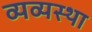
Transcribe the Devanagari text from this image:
व्यव्यस्था